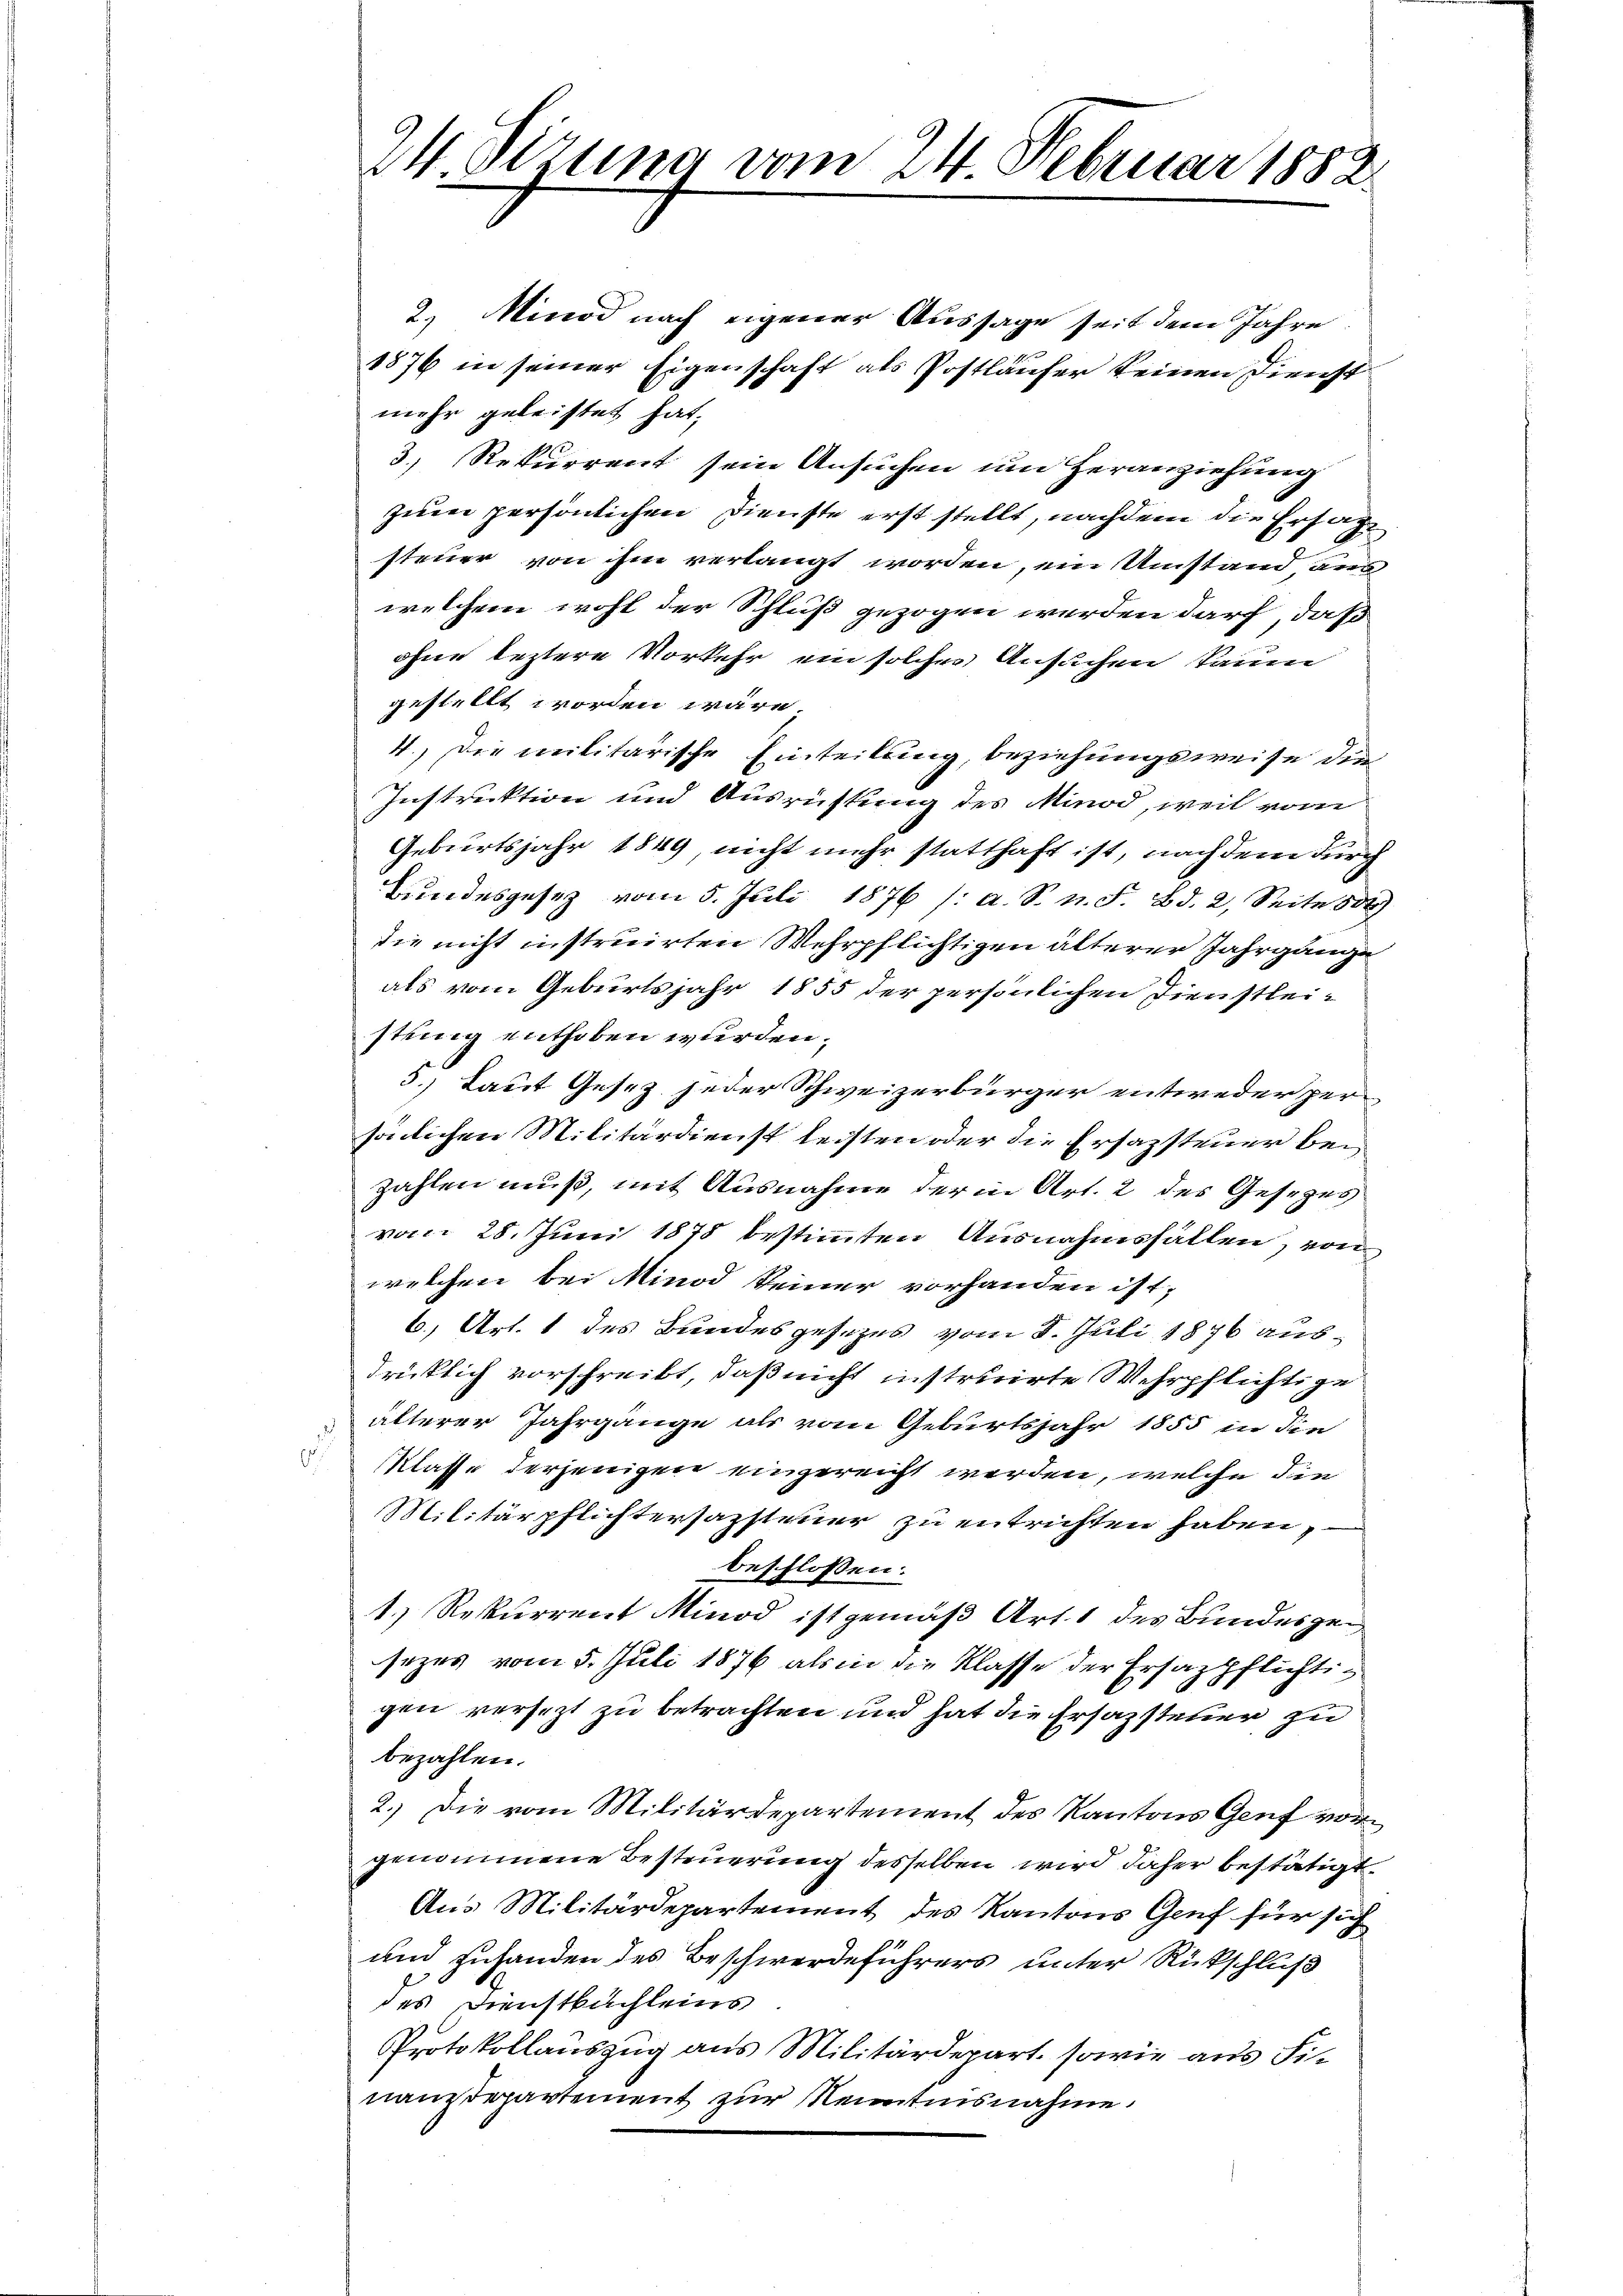
24 Stzung vom 24. Februar 1882.

2.) Minod nach eigener Aussage seit dem Jahre
1876 in seiner Eigenschaft als Postläufer keinen Dienst
mehr geleistet hat,
3., Rekurrent sein Ansuchen um Heranziehung
zum persönlichen Dienste erst stellt, nachdem die Ersatsteuer von ihm verlangt worden, ein Umstand aus
welchem wohl der Schluß gezogen werden darf, daß
ohne leztere Vorkehr ein solcher Ansuchen kaum
gestellt worden wäre.
4.) Die militärische Einteilung, beziehungsweise die
Instruktion und Ausrichtung des Minod, weil vom
Geburtsjahr 1849, nicht mehr statthaft ist, nachdem durch
Bundesgesetz vom 5. Juli 1876 /: a. S. n. F. Bd. 2, Seite 834)
die nicht instruirten Wehrpflichtigen älterer Jahrgänge
als vom Geburtsjahr 1855 der persönlichen Dienstleistung enthoben wurden;
5.) Laut Gesez jeder Schweizerbürger entweder persölichen Militärdienst leisten oder die Ersazsteuer bei
zahlen muß, mit Ausnahme der in Art. 2 des Gesezes
vom 28. Juni 1878 bestimmten Ausnahmsfällen, von
welchen bei Minod keiner vorhanden ist,
6.) Art. 1 des Bundesgesezes vom 8. Juli 1876 aus
drücklich vorschreibt, daß nicht instruirte Wehrpflichtige
älterer Jahrgänge als vom Geburtsjahr 1855 in die
Klasse derjenigen eingereicht werden, welche die
Militärpflichtersazsteuer zu entrichten haben,
beschlossen:
1.) Rekurrent Minod ist gemäß Art. 1 des Bundesgesezes vom 5. Juli 1876 als in die Klasse der Ersazpflichtigen versezt zu betrachten und hat die Ersatzsteuer zu
bezahlen.
2.) Die vom Militärdepartement des Kantons Genf vorgenommene Besteuerung desselben wird daher bestätigt,
Aus Militärdepartement des Kantons Genf für sich
und zuhanden des Beschwerdeführers unter Rückschluß
des Dienstbuchleins
Protokollauszug aus Militärdepart, sowie aus Finanzdepartement zur Kenntnisnahme.